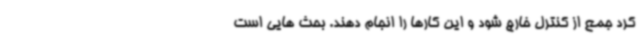
کرد جمع از کنترل خارج شود و این کارها را انجام دهند. بحث هایی است